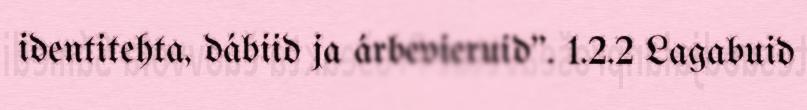
identitehta, dábiid ja árbevieruid". 1.2.2 Lagabuid